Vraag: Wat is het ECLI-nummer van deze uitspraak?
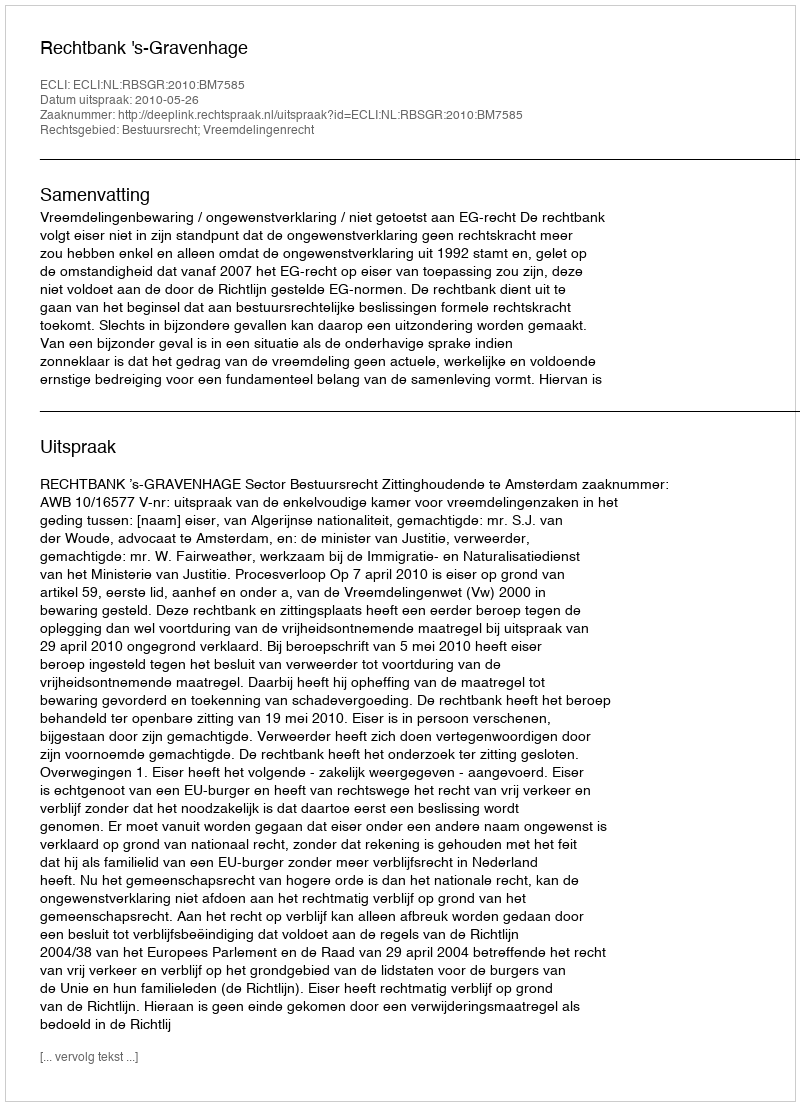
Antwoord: ECLI:NL:RBSGR:2010:BM7585